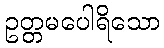
ဥတ္တမပေါရိသော